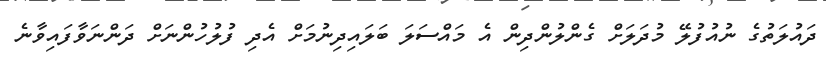
ދައުލަތުގެ ނުއުފުލޭ މުދަލަށް ގެންލުންދިން އެ މައްސަލަ ބަލައިދިނުމަށް އެދި ފުލުހުންނަށް ދަންނަވާފައިވާނެ